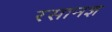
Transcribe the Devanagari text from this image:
रसानज्ञ